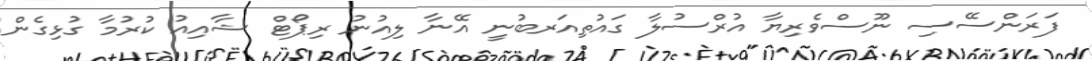
ފަރަންސޭސި ނޫސްވެރިޔާ އުރްސުލާ ގައުތިއަރބުނީ އޭނާ ލިއުނު ރިޕޯޓް ޝާއިއު ކުރުމާ ގުޅިގެން